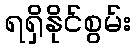
ရရှိနိုင်စွမ်း